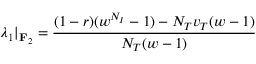
\lambda _ { 1 } | _ { \mathbf { F } _ { 2 } } = \frac { ( 1 - r ) ( w ^ { N _ { I } } - 1 ) - N _ { T } v _ { T } ( w - 1 ) } { N _ { T } ( w - 1 ) }